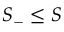
S _ { - } \leq S